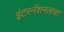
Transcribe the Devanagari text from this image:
इंटरनॅशनलचा